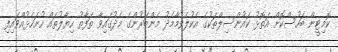
ކޮމިޓީން ބަހުސްކޮށް އަތޮޅު ކައުންސިލްތަކުގެ އެކުލެވުމާމެދު މެންބަރުންގެ މެދުގައިވާ ތަފާތު ހިޔާލުތައް ހުށަހެޅުއްވައިފި